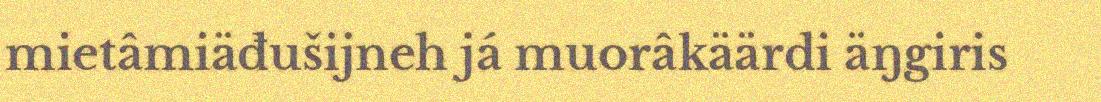
mietâmiäđušijneh já muorâkäärdi äŋgiris